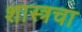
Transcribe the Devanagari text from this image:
शास्त्रचा